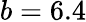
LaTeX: b=6.4